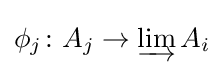
\phi _{j}\colon A_{j}\rightarrow \varinjlim A_{i}